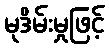
မုဒိမ်းမှုဖြင့်